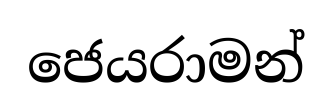
ජෙයරාමන්